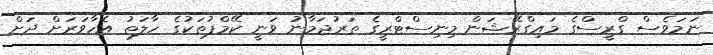
ނަމަވެސް ގްރީސްގެ މައިގްރޭޝަން މިނިސްޓްރީގެ ތަރުޖަމާނު ވަނީ ކޭމްޕުތަކުގެ ހާލަތު އެހާވަރަށް ދަށް